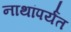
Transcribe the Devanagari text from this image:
नाथांपर्यंत